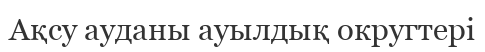
Ақсу ауданы ауылдық округтері